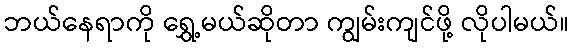
ဘယ်နေရာကို ရွှေ့မယ်ဆိုတာ ကျွမ်းကျင်ဖို့ လိုပါမယ်။